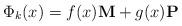
LaTeX: \begin{align*}\Phi_k (x) = f(x) {\bf M} + g(x) {\bf P} \end{align*}